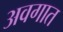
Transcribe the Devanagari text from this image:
अवगात